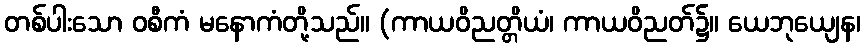
တစ်ပါးသော ဝစီကံ မနောကံတို့သည်။ (ကာယဝိညတ္တိယံ၊ ကာယဝိညတ်၌။ ယေဘုယျေန၊